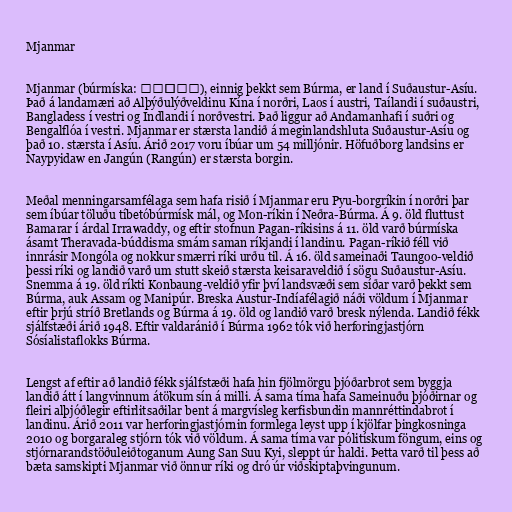
Mjanmar

Mjanmar (búrmíska: မြန်မာ), einnig þekkt sem Búrma, er land í Suðaustur-Asíu.
Það á landamæri að Alþýðulýðveldinu Kína í norðri, Laos í austri, Taílandi í suðaustri,
Bangladess í vestri og Indlandi í norðvestri. Það liggur að Andamanhafi í suðri og
Bengalflóa í vestri. Mjanmar er stærsta landið á meginlandshluta Suðaustur-Asíu og
það 10. stærsta í Asíu. Árið 2017 voru íbúar um 54 milljónir. Höfuðborg landsins er
Naypyidaw en Jangún (Rangún) er stærsta borgin.

Meðal menningarsamfélaga sem hafa risið í Mjanmar eru Pyu-borgríkin í norðri þar
sem íbúar töluðu tíbetóbúrmísk mál, og Mon-ríkin í Neðra-Búrma. Á 9. öld fluttust
Bamarar í árdal Irrawaddy, og eftir stofnun Pagan-ríkisins á 11. öld varð búrmíska
ásamt Theravada-búddisma smám saman ríkjandi í landinu. Pagan-ríkið féll við
innrásir Mongóla og nokkur smærri ríki urðu til. Á 16. öld sameinaði Taungoo-veldið
þessi ríki og landið varð um stutt skeið stærsta keisaraveldið í sögu Suðaustur-Asíu.
Snemma á 19. öld ríkti Konbaung-veldið yfir því landsvæði sem síðar varð þekkt sem
Búrma, auk Assam og Manipúr. Breska Austur-Indíafélagið náði völdum í Mjanmar
eftir þrjú stríð Bretlands og Búrma á 19. öld og landið varð bresk nýlenda. Landið fékk
sjálfstæði árið 1948. Eftir valdaránið í Búrma 1962 tók við herforingjastjórn
Sósíalistaflokks Búrma.

Lengst af eftir að landið fékk sjálfstæði hafa hin fjölmörgu þjóðarbrot sem byggja
landið átt í langvinnum átökum sín á milli. Á sama tíma hafa Sameinuðu þjóðirnar og
fleiri alþjóðlegir eftirlitsaðilar bent á margvísleg kerfisbundin mannréttindabrot í
landinu. Árið 2011 var herforingjastjórnin formlega leyst upp í kjölfar þingkosninga
2010 og borgaraleg stjórn tók við völdum. Á sama tíma var pólitískum föngum, eins og
stjórnarandstöðuleiðtoganum Aung San Suu Kyi, sleppt úr haldi. Þetta varð til þess að
bæta samskipti Mjanmar við önnur ríki og dró úr viðskiptaþvingunum.